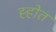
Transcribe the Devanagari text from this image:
ह्होत